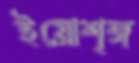
ইয়োশৃঙ্গ